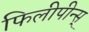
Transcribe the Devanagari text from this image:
फिलीपीन्स्